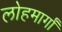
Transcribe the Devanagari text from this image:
लोहमार्गां